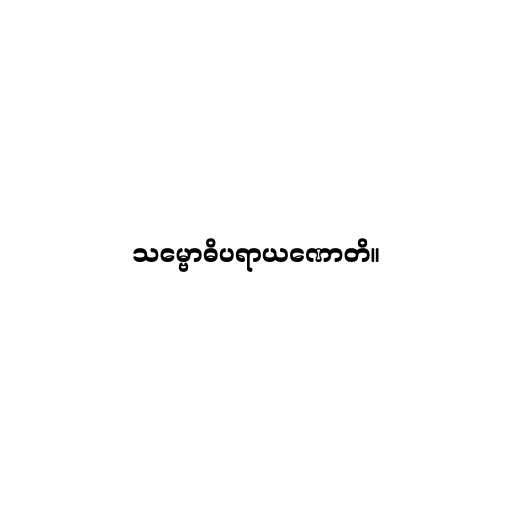
သမ္ဗောဓိပရာယဏောတိ။